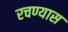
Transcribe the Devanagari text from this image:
रचण्यास